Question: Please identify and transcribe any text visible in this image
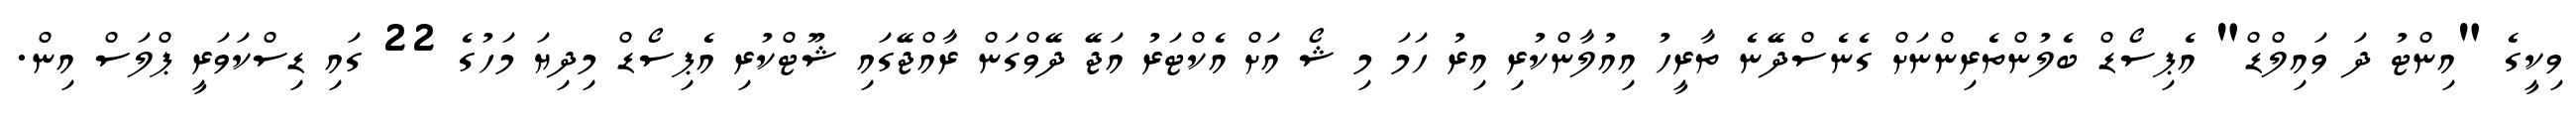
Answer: ވިކީގެ "އިންޓު ދަ ވައިލްޑް" އެޕިސޯޑް ބެލުންތެރިންނަށް ގެނެސްދޭނެ ތާރީހު އިއުލާންކުރި އިރު ހަމަ މި ޝޯ އަށް އެކްޓަރު އަޖޭ ދޭވްގަން ރާއްޖޭގައި ޝޫޓްކުރި އެޕިސޯޑް މިދިޔަ މަހުގެ 22 ގައި ޑިސްކަވަރީ ޕްލަސް އިން.